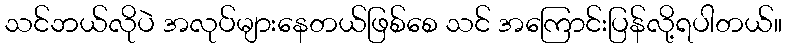
သင်ဘယ်လိုပဲ အလုပ်များနေတယ်ဖြစ်စေ သင် အကြောင်းပြန်လို့ရပါတယ်။